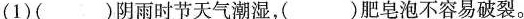
(1)( )阴雨时节天气潮湿，( )肥皂泡不容易破裂。